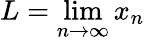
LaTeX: L=\operatorname*{lim}_{n\to\infty}x_{n}